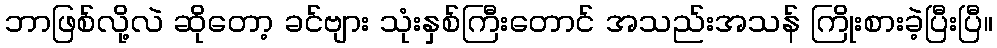
ဘာဖြစ်လို့လဲ ဆိုတော့ ခင်ဗျား သုံးနှစ်ကြီးတောင် အသည်းအသန် ကြိုးစားခဲ့ပြီးပြီ။